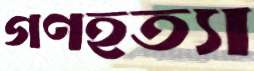
গণহত্যা